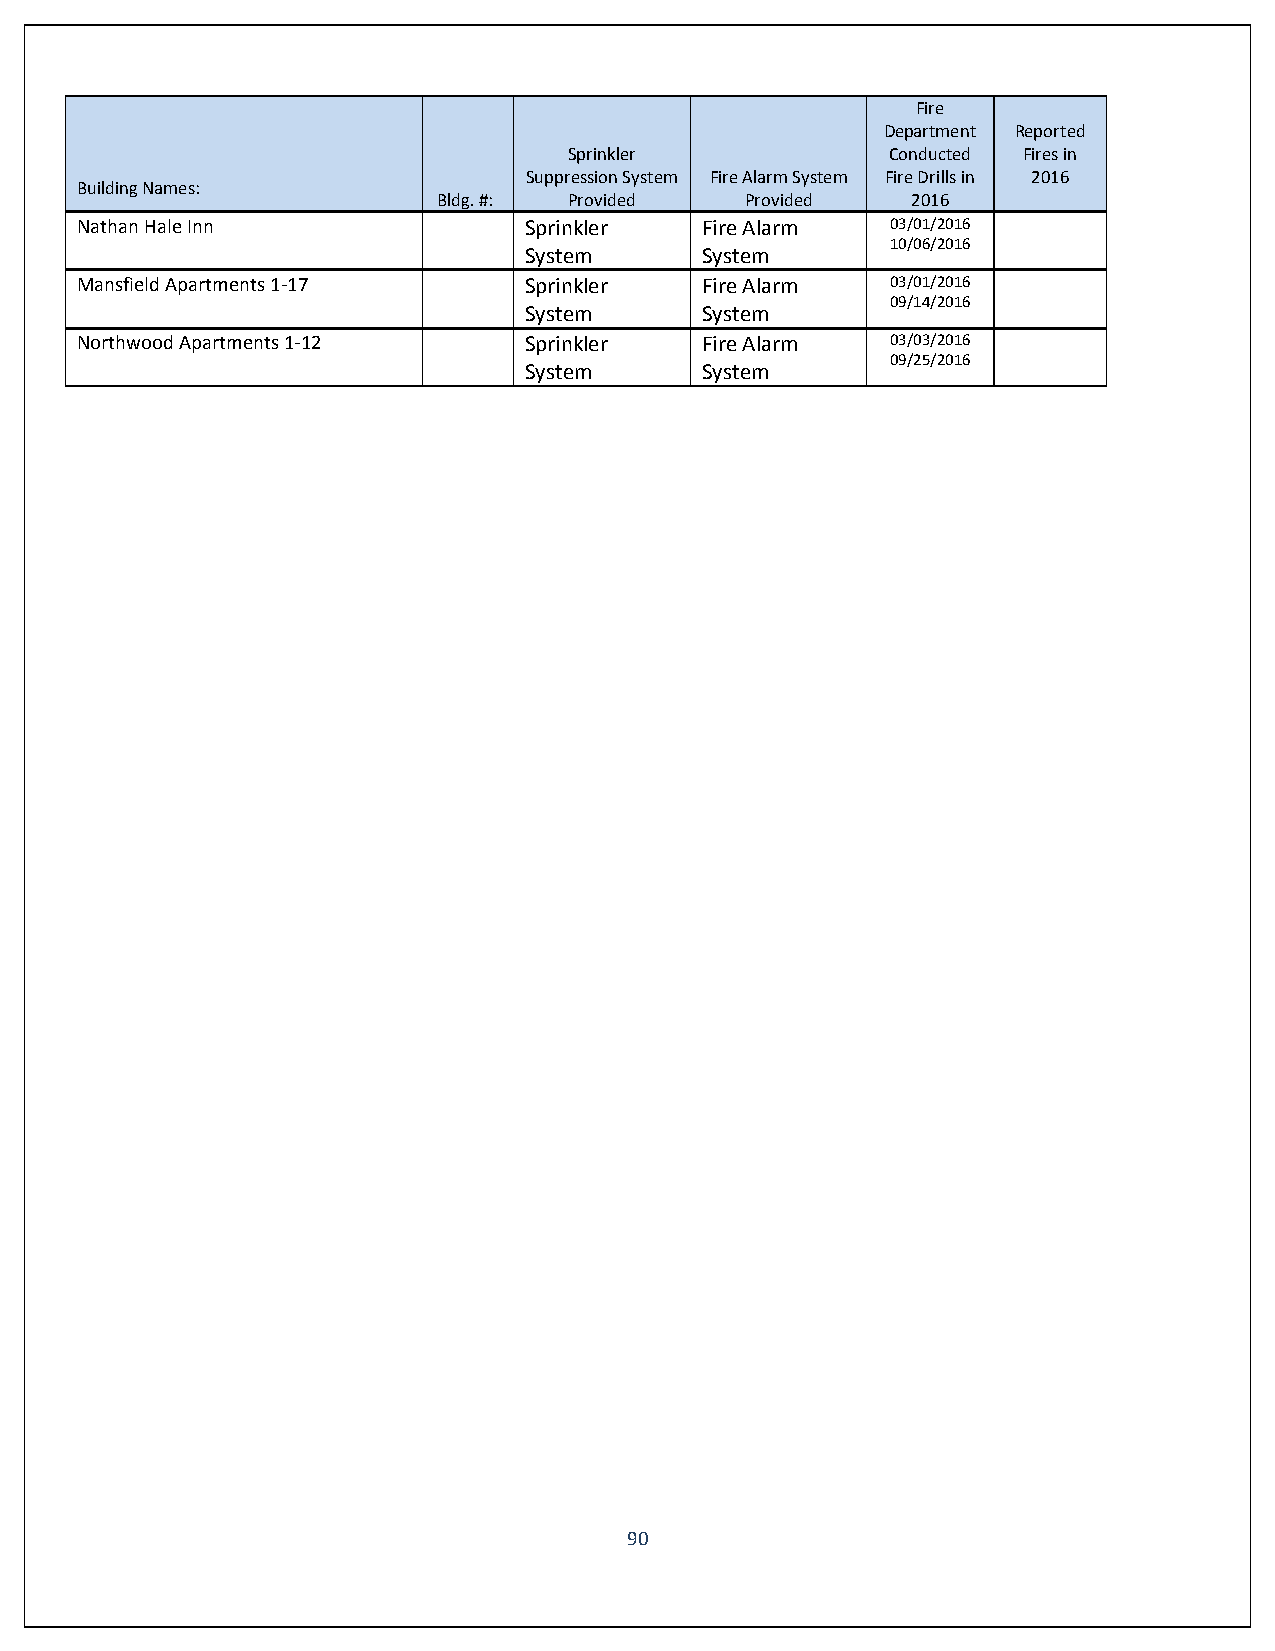
Fire
 Department Reported
 Sprinkler            Conducted Fires in
 Suppression System Fire Alarm System Fire Drills in 2016
 Building Names:
 Bldg. #: Provided   Provided   2016
 Nathan Hale Inn               Sprinkler  Fire Alarm   03/01/2016
 10/06/2016
 System     System
 Mansfield Apartments 1-17     Sprinkler  Fire Alarm   03/01/2016
 09/14/2016
 System     System
 Northwood Apartments 1-12     Sprinkler  Fire Alarm   03/03/2016
 09/25/2016
 System     System
 90